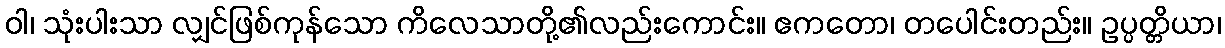
ဝါ၊ သုံးပါးသာ လျှင်ဖြစ်ကုန်သော ကိလေသာတို့၏လည်းကောင်း။ ဧကတော၊ တပေါင်းတည်း။ ဥပ္ပတ္တိယာ၊